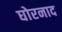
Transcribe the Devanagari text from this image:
घोरनाद